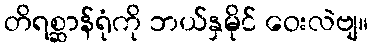
တိရစ္ဆာန်ရုံကို ဘယ်နှမိုင် ဝေးလဲဗျ။